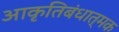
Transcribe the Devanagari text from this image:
आकृतिबंधात्मक